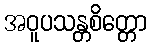
အဝူပသန္တစိတ္တော